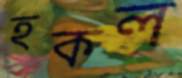
হকল